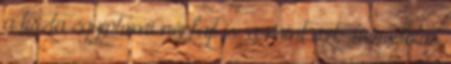
a tiszta egyiptomi népfajt is, a mint azt Herodotos